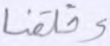
وخلقنا